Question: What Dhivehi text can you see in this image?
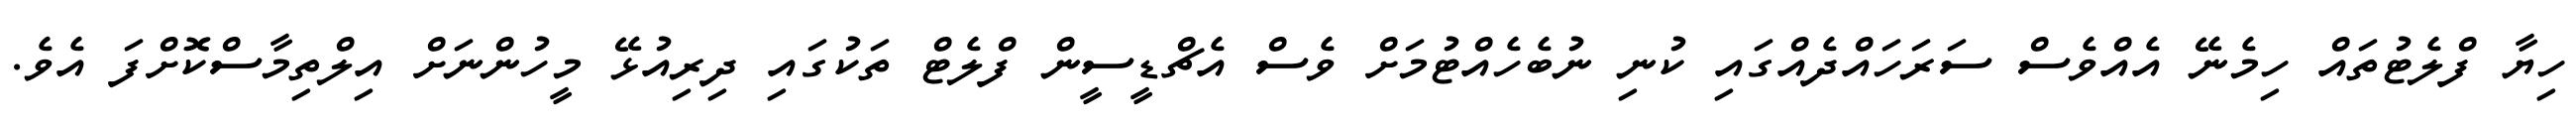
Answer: ހިޔާ ފްލެޓުތައް ހިމެނޭ އެއްވެސް ސަރަހައްދެއްގައި ކުނި ނުބެހެއްޓުމަށް ވެސް އެޗްޑީސީން ފްލެޓް ތަކުގައި ދިރިއުޅޭ މީހުންނަށް އިލްތިމާސްކޮށްފަ އެވެ.